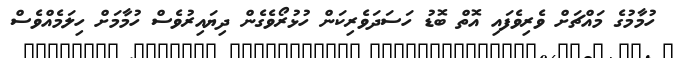
ހުމާމުގެ މައްޗަށް ވެރިވެފައި އޮތް ބޮޑު ހަސަދަވެރިކަން ހުޅުރޯވެގެން ދިޔައިރުވެސް ހުމާމަށް ހިލަމެއްވެސް